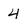
Character: 4